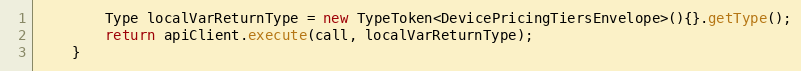
Language: Java
        Type localVarReturnType = new TypeToken<DevicePricingTiersEnvelope>(){}.getType();
        return apiClient.execute(call, localVarReturnType);
    }